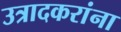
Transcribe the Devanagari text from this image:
उत्रादकरांना